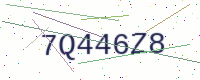
Text: 7Q446Z8